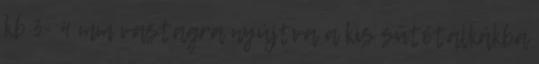
kb 3- 4 mm vastagra nyújtva a kis sütőtálkákba